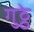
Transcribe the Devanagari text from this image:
गुठ्ठे